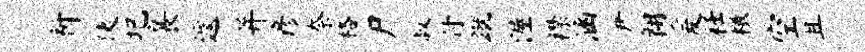
祈使圯襄遽并彦奈格尸叔付蹴渥襟涵尹翱爰衽檄空且